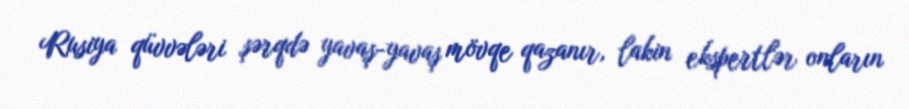
Rusiya qüvvələri şərqdə yavaş-yavaş mövqe qazanır, lakin ekspertlər onların